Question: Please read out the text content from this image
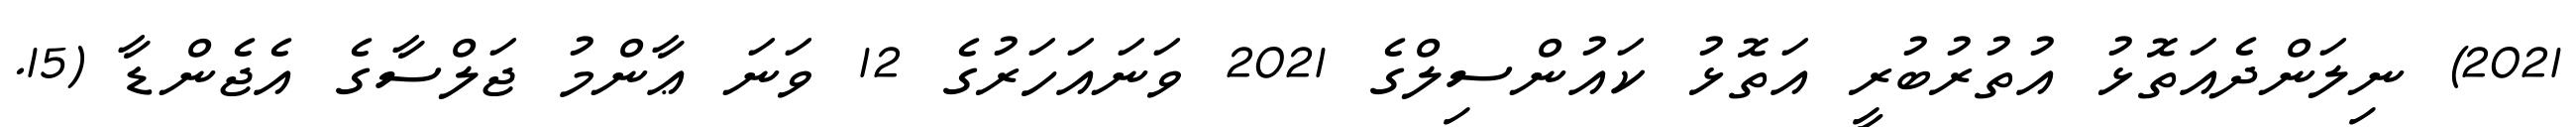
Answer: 2021) ނިލަންދެއަތޮޅު އުތުރުބުރީ އަތޮޅު ކައުންސިލްގެ 2021 ވަނައަހަރުގެ 12 ވަނަ ޢާންމު ޖަލްސާގެ އެޖެންޑާ (15.